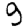
Digit: 9